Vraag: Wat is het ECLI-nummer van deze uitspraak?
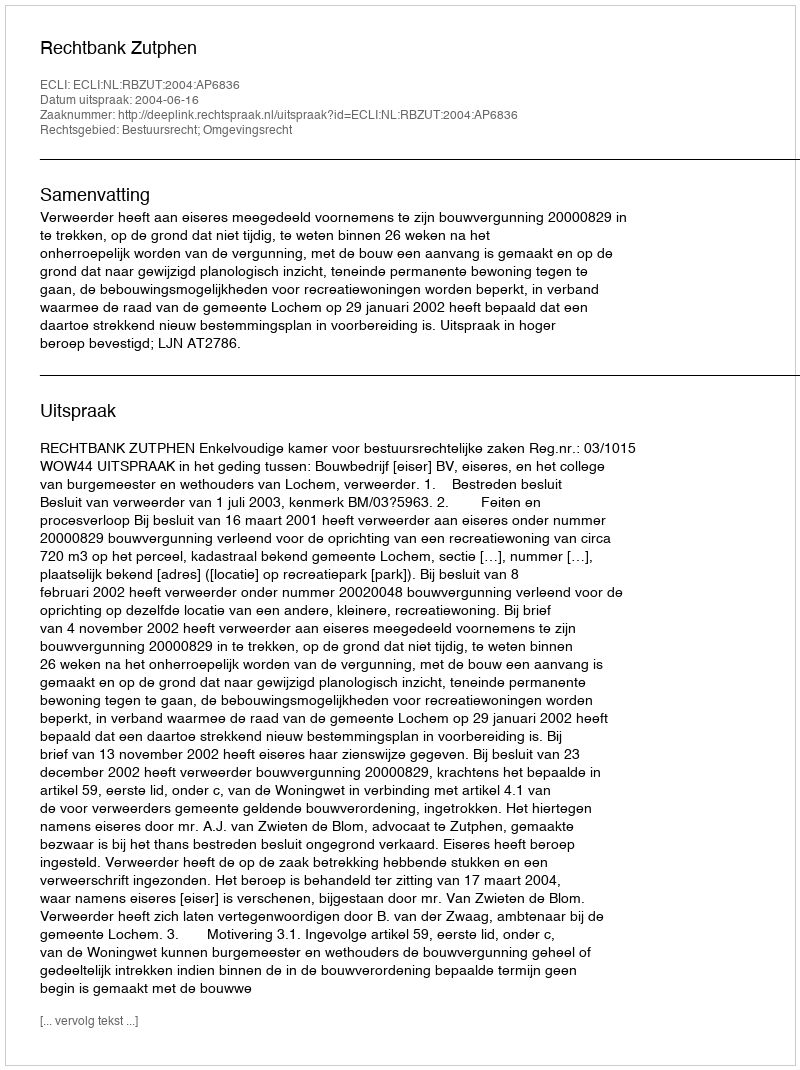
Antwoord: ECLI:NL:RBZUT:2004:AP6836